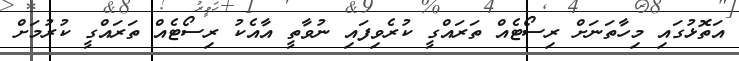
އަތޮޅުގައި މިހާތަނަށް ރިސޯޓެއް ތަރައްގީ ކުރެވިފައި ނުވާތީ އާއެކު ރިސޯޓެއް ތަރައްގީ ކުރުމަށް